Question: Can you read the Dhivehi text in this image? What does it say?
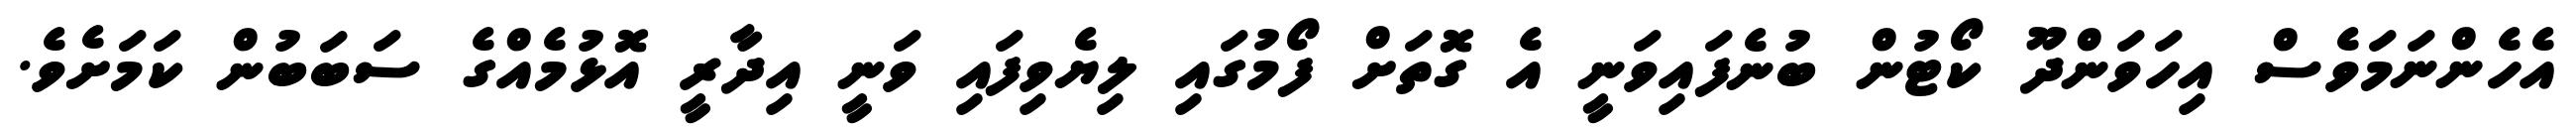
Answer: އެހެންނަމަވެސް އިހަވަންދޫ ކޯޓުން ބުނެފައިވަނީ އެ ގޮތަށް ފޯމުގައި ލިޔެވިފައި ވަނީ އިދާރީ އޮޅުމެއްގެ ސަބަބުން ކަމަށެވެ.